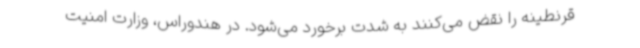
قرنطینه را نقض می‌کنند به شدت برخورد می‌شود. در هندوراس، وزارت امنیت